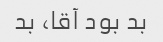
بد بود آقا، بد